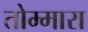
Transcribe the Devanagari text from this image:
तोम्मारा